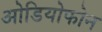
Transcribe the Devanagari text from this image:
ओडियोफोन